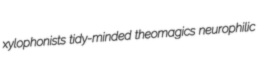
xylophonists tidy-minded theomagics neurophilic